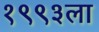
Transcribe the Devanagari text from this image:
१९९३ला